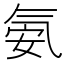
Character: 氨